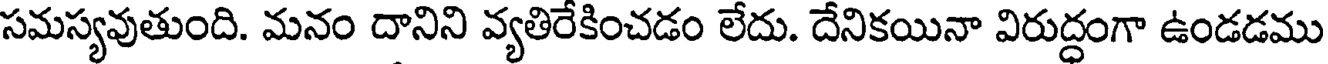
సమస్యవుతుంది. మనం దానిని వ్యతిరేకించడం లేదు. దేనికయినా విరుద్ధంగా ఉండడము